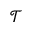
\mathcal { T }